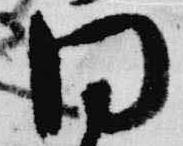
同